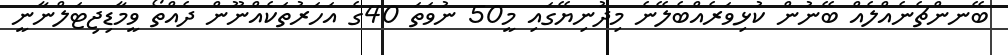
ބޭނންޗެނެއްލެއް ބޭނުން ކުޅިވަރެއްބެލޭނެ މިދުނިޔޭގައި މީ50 ނުވަތަ 40ގެ އަހަރުތަކެއްނޫން ދެއްތޯ ވީމާޑިޖިޓަލްނާނީ